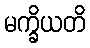
မက္ခိယတိ